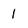
Character: 1